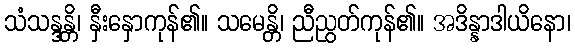
သံသန္ဒန္တိ၊ နှီးနှောကုန်၏။ သမေန္တိ၊ ညီညွတ်ကုန်၏။ အဒိန္နာဒါယိနော၊